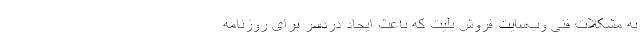
به مشکلات فنی وب‌سایت فروش بلیت که باعث ایجاد دردسر برای روزنامه